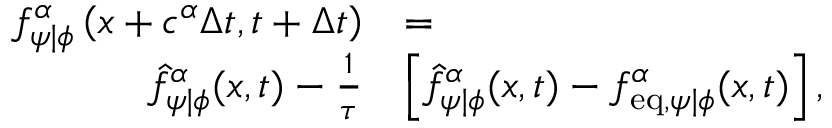
\begin{array} { r l } { f _ { \psi \vert \phi } ^ { \alpha } \left( \boldsymbol { x } + \boldsymbol { c } ^ { \alpha } \Delta { t } , t + \Delta { t } \right) } & { = } \\ { \hat { f } _ { \psi \vert \phi } ^ { \alpha } ( \boldsymbol { x } , t ) - \frac { 1 } { \tau } } & { \left[ \hat { f } _ { \psi \vert \phi } ^ { \alpha } ( \boldsymbol { x } , t ) - f _ { \mathrm { e q } , \psi \vert \phi } ^ { \alpha } ( \boldsymbol { x } , t ) \right] , } \end{array}